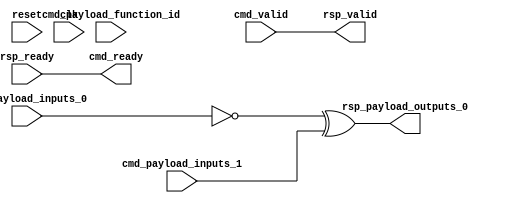
// Copyright 2021 The CFU-Playground Authors
//
// Licensed under the Apache License, Version 2.0 (the "License");
// you may not use this file except in compliance with the License.
// You may obtain a copy of the License at
//
//      http://www.apache.org/licenses/LICENSE-2.0
//
// Unless required by applicable law or agreed to in writing, software
// distributed under the License is distributed on an "AS IS" BASIS,
// WITHOUT WARRANTIES OR CONDITIONS OF ANY KIND, either express or implied.
// See the License for the specific language governing permissions and
// limitations under the License.



module Cfu (
  input               cmd_valid,
  output              cmd_ready,
  input      [9:0]    cmd_payload_function_id,
  input      [31:0]   cmd_payload_inputs_0,
  input      [31:0]   cmd_payload_inputs_1,
  output              rsp_valid,
  input               rsp_ready,
  output     [31:0]   rsp_payload_outputs_0,
  input               reset,
  input               clk
);

  // Trivial handshaking for a combinational CFU
  assign rsp_valid = cmd_valid;
  assign cmd_ready = rsp_ready;

  //
  // select output -- note that we're not fully decoding the 3 function_id bits
  //
  assign rsp_payload_outputs_0 = ~cmd_payload_inputs_0 ^ cmd_payload_inputs_1;


endmodule